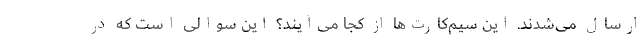
ارسال می‌شدند. این سیم‌کارت‌ها از کجا می‌آیند؟ این سوالی است که در